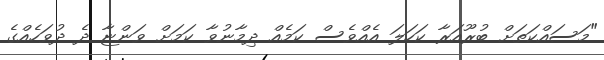
"މަސައްކަތަށް ބުރޫއަރާ ކަހަލަ އެއްވެސް ކަމެއް ދިމާނުވާ ކަަމަށް ވަންޏާ ދެ ދުވަހެއްގެ